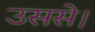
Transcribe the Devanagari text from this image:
उससे।